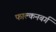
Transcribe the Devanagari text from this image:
फाल्कनबर्ग